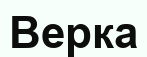
Верка